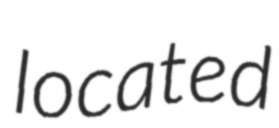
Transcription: located